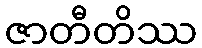
ဇာတီတိဿ